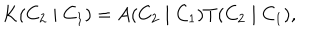
LaTeX: K ( C _ { 2 } \mid C _ { 1 } ) = A ( C _ { 2 } \mid C _ { 1 } ) T ( C _ { 2 } \mid C _ { 1 } ) ,